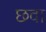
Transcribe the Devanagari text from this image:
छवा